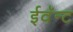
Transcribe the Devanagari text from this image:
ईवॅन्ट